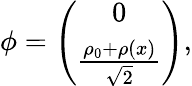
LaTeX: {\phi}=\left(\begin{array}{cl}{{0}}\\ {{\frac{\rho_{0}+\rho(x)}{\sqrt{2}}}}\end{array}\right),